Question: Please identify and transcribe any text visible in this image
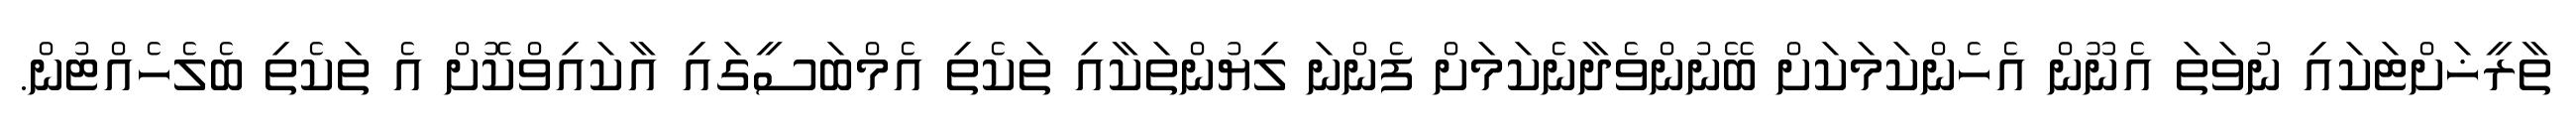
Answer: ތާރީޚަށްޓަކައި ނުވަތަ އެނޫން އެހެންކަމަކަށް ބޭނުންވެދާނެކަމަށް ފެންނަ ލިޔުންތަކާއި ތަކެތި އެމްބަސީގައި އާކައިވްކޮށް އެ ތަކެތި ބެލެހެއްޓުން.